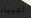
اغبياء